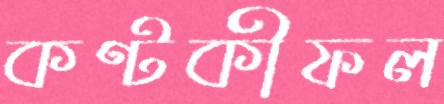
কণ্টকীফল